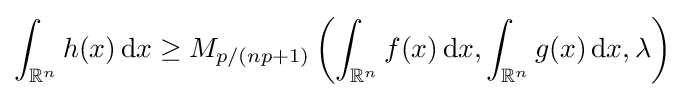
\int _{\mathbb {R} ^{n}}h(x)\,\mathrm {d} x\geq M_{p/(np+1)}\left(\int _{\mathbb {R} ^{n}}f(x)\,\mathrm {d} x,\int _{\mathbb {R} ^{n}}g(x)\,\mathrm {d} x,\lambda \right)